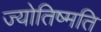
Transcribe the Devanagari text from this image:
ज्योतिष्मति